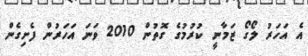
އެ އަހަރު ލޯގޯ ޒަމާނީ ކުރުމުގެ ގޮތުން 2010 ވަނަ އަހަރުން ފެށިގެން